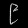
Digit: ၉